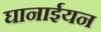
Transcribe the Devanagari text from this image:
घानाईयन